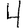
Digit: 4